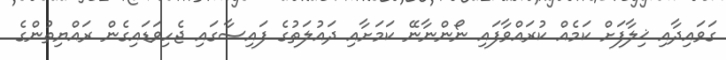
ގަވައިދާއި ޚިލާފަށް ކަމެއް ކުރައްވާފައި ނޯންނާނޭ ކަމަށާއި ދައުލަތުގެ ފައިސާގައި ޖެހިވަޑައިގެން ރައްޔިތުންގެ